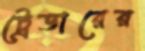
ট্রেডারের